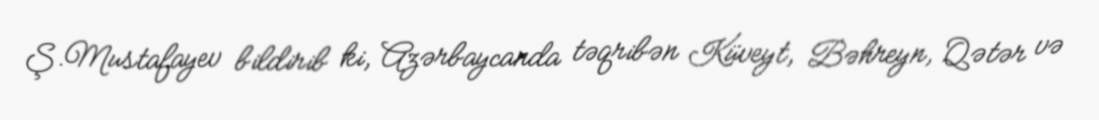
Ş.Mustafayev bildirib ki, Azərbaycanda təqribən Küveyt, Bəhreyn, Qətər və